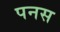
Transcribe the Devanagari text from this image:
पनस